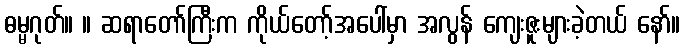
ဓမ္မဂုတ်။ ။ ဆရာတော်ကြီးက ကိုယ်တော့်အပေါ်မှာ အလွန် ကျေးဇူးများခဲ့တယ် နော်။